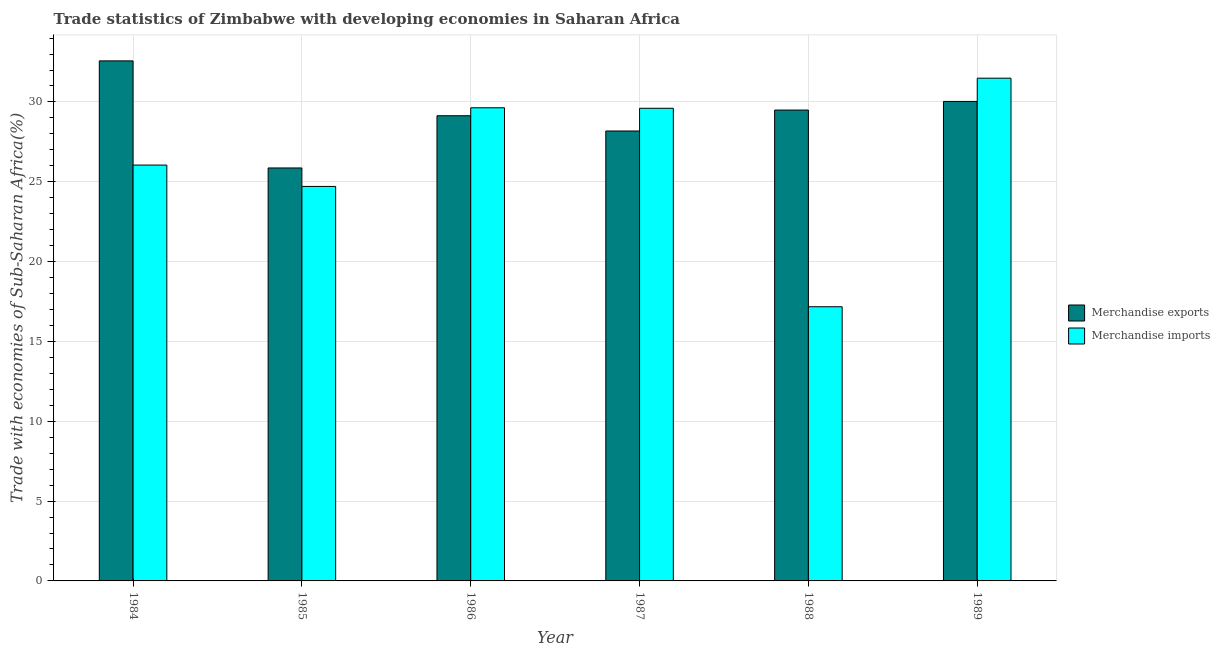
| Year | Merchandise exports | Merchandise imports |
 | --- | --- | --- |
 | 1984 | 32.6 | 26 |
 | 1985 | 25.9 | 24.7 |
 | 1986 | 29.1 | 29.6 |
 | 1987 | 28.2 | 29.6 |
 | 1988 | 29.5 | 17.2 |
 | 1989 | 30 | 31.5 |